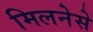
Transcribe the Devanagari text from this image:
मिलनेसे